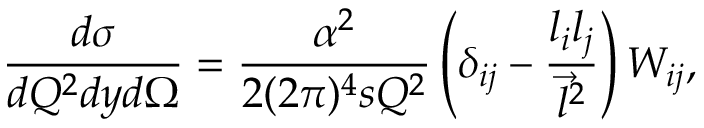
\frac { d \sigma } { d Q ^ { 2 } d y d \Omega } = \frac { \alpha ^ { 2 } } { 2 ( 2 \pi ) ^ { 4 } s Q ^ { 2 } } \left( \delta _ { i j } - \frac { l _ { i } l _ { j } } { { \vec { l } } ^ { 2 } } \right) W _ { i j } ,